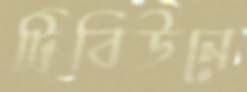
ট্রিবিউনে